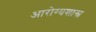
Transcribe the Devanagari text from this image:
आरोग्यशास्त्र